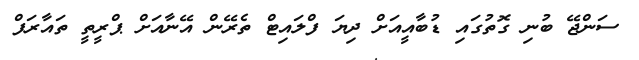
ސަންޖޭ ބުނި ގޮތުގައި ޑުބާއީއަށް ދިޔަ ފްލައިޓް ތެރޭން އޭނާއަށް ޕްރީތީ ތައާރަފް